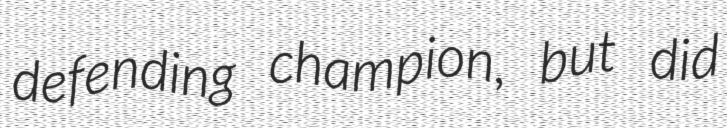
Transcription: defending champion, but did